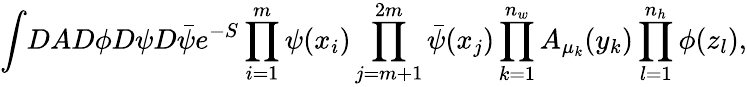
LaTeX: \int\! DAD\phi D\psi D\bar{\psi}e^{-S}\prod_{i=1}^{m}\psi(x_{i})\prod_{j=m+1}^{2m}\bar{\psi}(x_{j})\prod_{k=1}^{n_{w}}A_{\mu_{k}}(y_{k})\prod_{l=1}^{n_{h}}\phi(z_{l}),